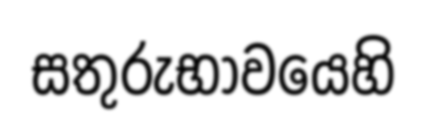
සතුරුභාවයෙහි